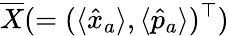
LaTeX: \overline{{X}}(=(\langle\hat{x}_{a}\rangle,\langle\hat{p}_{a}\rangle)^{\top})